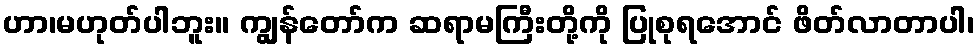
ဟာ၊မဟုတ်ပါဘူး။ ကျွန်တော်က ဆရာမကြီးတို့ကို ပြုစုရအောင် ဖိတ်လာတာပါ၊